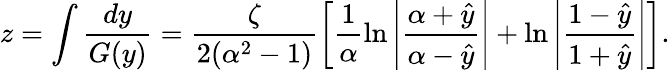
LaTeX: z=\int\frac{dy}{G(y)}=\frac{\zeta}{2(\alpha^{2}-1)}\left[\frac{1}{\alpha}\ln\left|\frac{\alpha+\hat{y}}{\alpha-\hat{y}}\right|+\ln\left|\frac{1-\hat{y}}{1+\hat{y}}\right|\right].